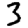
Digit: 3